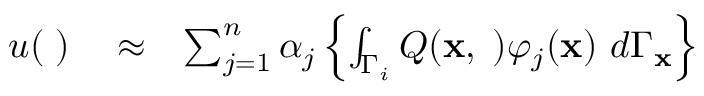
\begin{array} { r l r } { u ( { \mathbf \xi } ) } & { { } \approx } & { \sum _ { j = 1 } ^ { n } \alpha _ { j } \left\{ \int _ { \Gamma _ { i } } Q ( \mathbf { x } , { \mathbf \xi } ) \varphi _ { j } ( \mathbf { x } ) \ d \Gamma _ { \mathbf { x } } \right\} } \end{array}